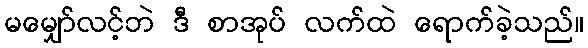
မမျှော်လင့်ဘဲ ဒီ စာအုပ် လက်ထဲ ရောက်ခဲ့သည်။